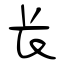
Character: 长